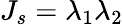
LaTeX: J_{s}=\lambda_{1}\lambda_{2}